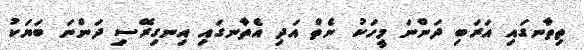
ތިތާނގައި އަރަބި ދަންނަ މީހަކު ނެތް އަދި އެތާނގައި އިނގިރޭސި ދަންނަ ބަޔަކު